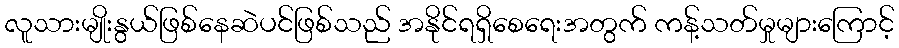
လူသားမျိုးနွယ်ဖြစ်နေဆဲပင်ဖြစ်သည် အနိုင်ရရှိစေရေးအတွက် ကန့်သတ်မှုများကြောင့်